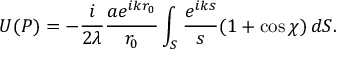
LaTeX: U ( P ) = - { \frac { i } { 2 \lambda } } { \frac { a e ^ { i k r _ { 0 } } } { r _ { 0 } } } \int _ { S } { \frac { e ^ { i k s } } { s } } ( 1 + \cos \chi ) \, d S .